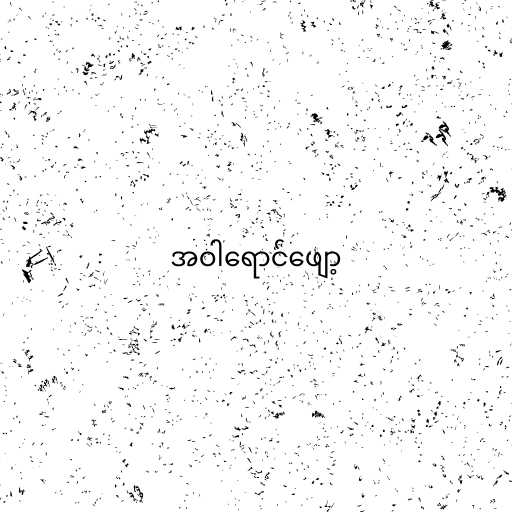
အဝါရောင်ဖျော့